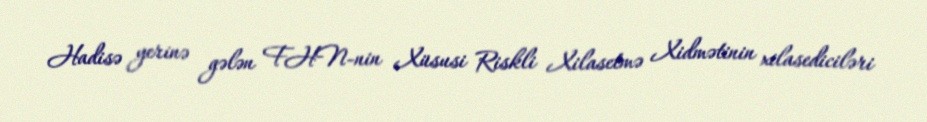
Hadisə yerinə gələn FHN-nin Xüsusi Riskli Xilasetmə Xidmətinin xilasediciləri